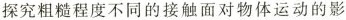
探究粗糙程度不同的接触面对物体运动的影